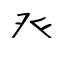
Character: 癶